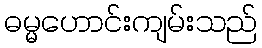
ဓမ္မဟောင်းကျမ်းသည်